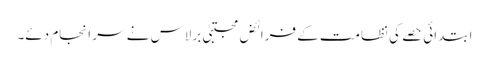
ابتدائی حصے کی نظامت کے فرائض مجتبیٰ برلاس نے سر انجام دئے۔